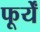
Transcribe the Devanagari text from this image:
फूर्यें